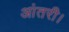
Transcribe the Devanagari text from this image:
आंतरी।